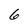
Character: 6